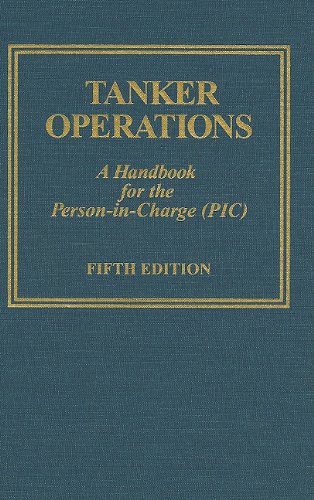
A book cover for Tanker Operations: A Handbook for the Person-In-Charge (PIC) [With CDROM]; Mark E. Huber; Engineering & Transportation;